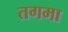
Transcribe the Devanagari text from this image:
तगमा